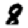
Digit: 8